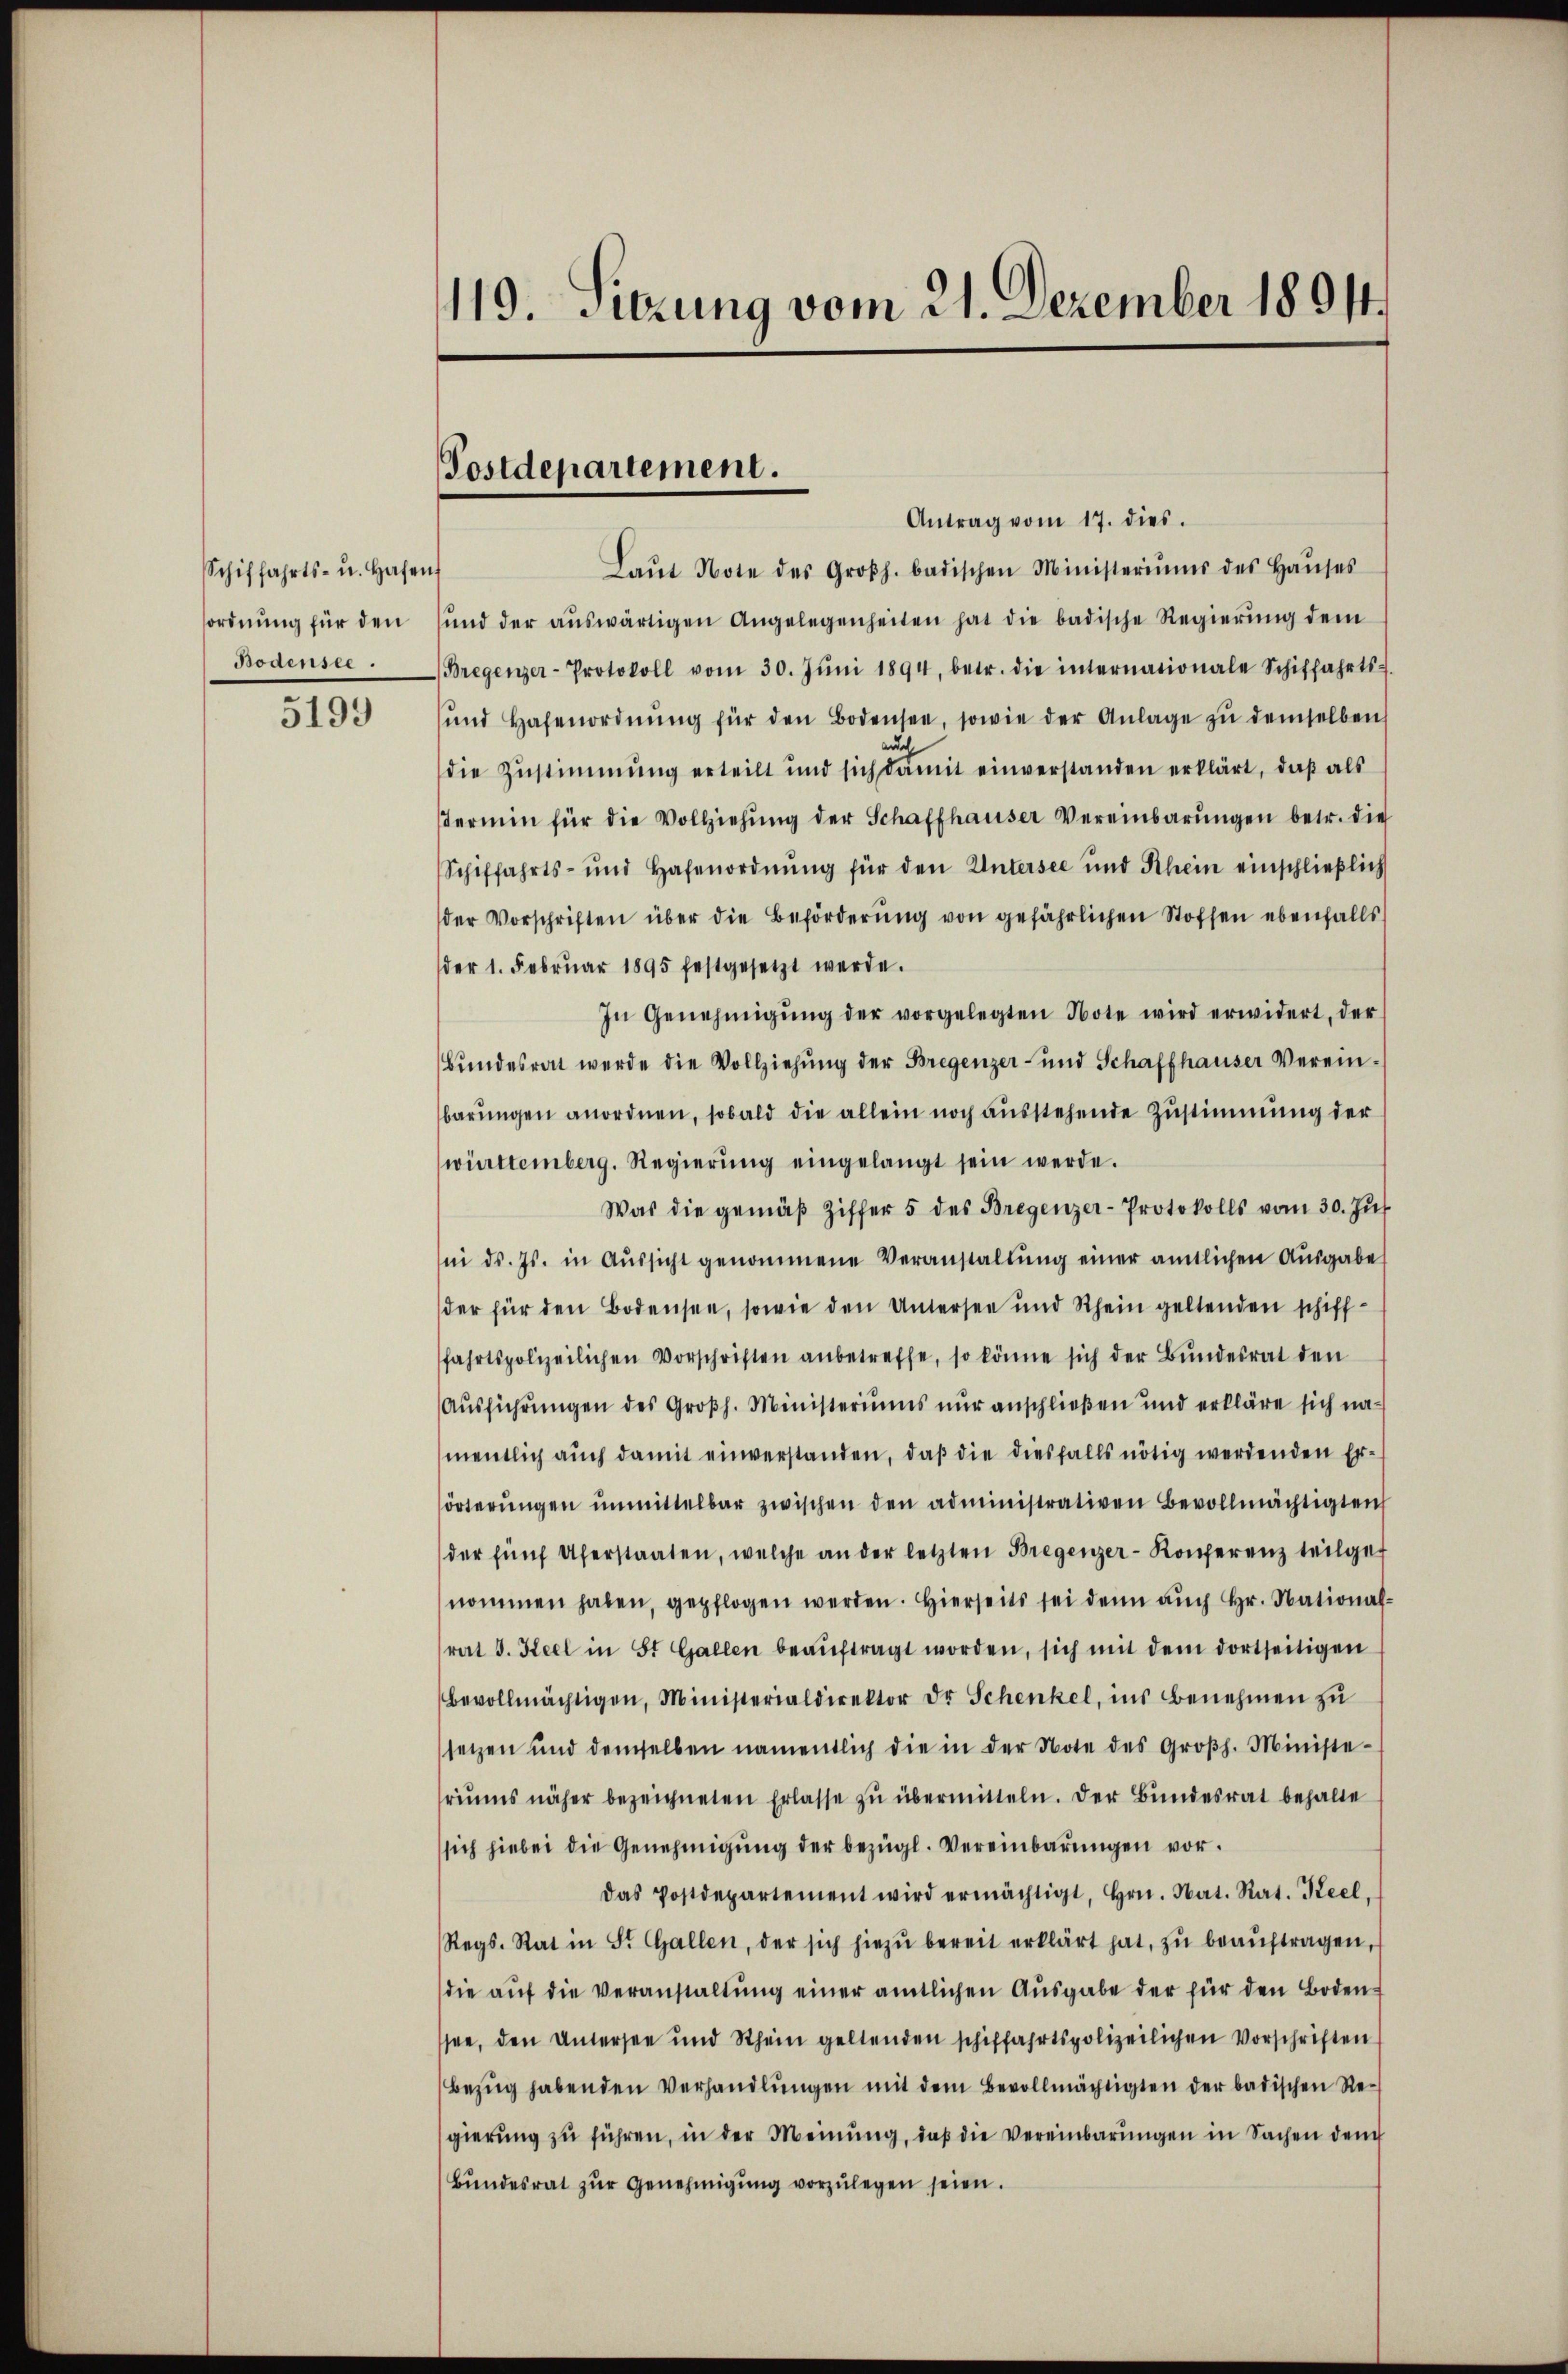
Schiffahrts- u. Hafen
ordnung für den
Bodensee.

5199

119. Sitzung vom 21. Dezember 18011.

Postdepartement.

Antrag vom 17. dies.
Laŭt Note des Großh. badischen Ministeriums des Haŭses
ŭnd der aŭswärtigen Angelegenheiten hat die badische Regierŭng dem
Bregenzer-Protokoll vom 30. Jŭni 1894, betr. die internationale Schiffahrts-
ŭnd Hafenordnŭng für den Bodensee, sowie der Anlage zŭ demselben
uch
die Zustimmung erteilt und sich damit einverstanden erklärt, daß als
Termin für die Vollziehŭng der Schaffhauser Vereinbarŭngen betr. die
Schiffahrts- und Hafenordnŭng für den Untersee und Rhein einschlieβlich
der Vorschriften über die Beförderŭng von gefährlichen Stoffen ebenfalls
der 1. Febrŭar 1895 festgesetzt werde.
In Genehmigŭng der vorgelegten Note wird erwidert, der
Bundesrat werde die Vollziehung der Bregenzer- und Schaffhauser Vereinbarŭngen anordnen, sobald die allein noch ausstehende Zustimmung der
württemberg. Regierŭng eingelangt sein werde.
Was die gemäβ Ziffer 5 des Bregenzer-Protokolls vom 30. Jŭs
i ds. Js. in Aŭssicht genommene Veranstaltŭng einer amtlichen Aŭsgabe
der für den Bodensee, sowie den Untersee und Rhein geltenden schiff-
fahrtspolizeilichen Vorschriften anbetreffe, so könne sich der Bundesrat den
Ausführungen des Großh. Ministeriums nur anschließen und erkläre sich namentlich aŭch damit einverstanden, daβ die diesfalls nötig werdenden Er-
örterŭngen ŭnmittelbar zwischen den administrativen Bevollmächtigten
der fünf Uferstaaten, welche an der letzten Bregenzer-Konferenz teilget
nommen haben, gepflogen werden. Hierseits sei denn auch Hr. Nationalrat J. Keel in St. Gallen beaŭftragt worden, sich mit dem dortseitigen
bevollmächtigen, Ministerialdirektor Dr Schenkel, ins Benehmen zŭ
setzen und demselben namentlich die in der Note des Groβh. Ministe-
riŭms näher bezeichneten Erlasse zŭ übermitteln. Der Bundesrat behalte
sich hiebei die Genehmigŭng der bezügl. Vereinbarungen vor.
Das Postdepartement wird ermächtigt, Hrn. Nat. Rat. Keel,
Regs. Rat in St. Gallen, der sich hiezŭ bereit erklärt hat, zŭ beaŭftragen,
die aŭf die Veranstaltŭng einer amtlichen Ausgabe der für den Boden
ssee, den Untersee und Rhein geltenden schiffahrtspolizeilichen Vorschriften
bezug habenden Verhandlungen mit dem Bevollmächtigten der badischen Regierŭng zŭ führen, in der Meinung, daß die Vereinbarŭngen in Sachen dem
Bŭndesrat zŭr Genehmigŭng vorzŭlegen seien.